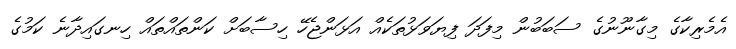
އެމެރިކާގެ މިގާނޫނުގެ ސަބަބުން މިފަދަ ފިޔަވަޅުތަކެއް އަޅަންޖެހޭ ހިސާބަށް ކަންތައްތައް ހިނގައިދާނެ ކަމުގެ